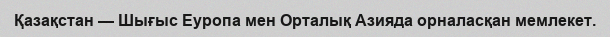
Қазақстан — Шығыс Еуропа мен Орталық Азияда орналасқан мемлекет.